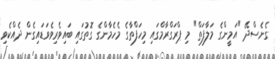
ގެނެސްދޭ "އަމީންގެ މަލާފަތް" މި ޕްރަގްރާމްގައި މިހަފްތާގެ މެހެމާންގެ ގޮތުގައި ބައިވެރިވެވަޑައިގެން ދެއްކެވި